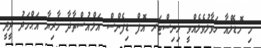
މި މޮޑެލްއާ ހަވާލުވެލެއްވީ މިނިސްޓަރ އޮފް ޑިފެންސް އަލްއުސްތާޛާ މާރިޔާ އަޙްމަދު ދީދީ